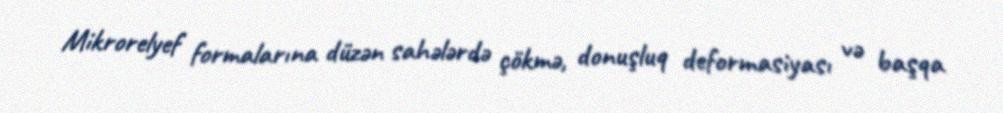
Mikrorelyef formalarına düzən sahələrdə çökmə, donuşluq deformasiyası və başqa